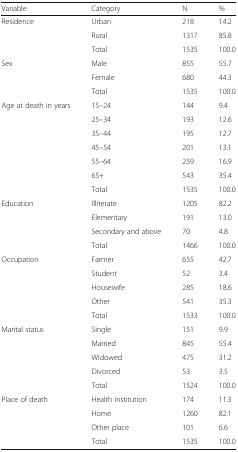
<table><thead><tr><td><b>Variable</b></td><td><b>Category</b></td><td><b>N</b></td><td><b>%</b></td></tr></thead><tbody><tr><td rowspan="3">Residence</td><td>Urban</td><td>218</td><td>14.2</td></tr><tr><td>Rural</td><td>1317</td><td>85.8</td></tr><tr><td>Total</td><td>1535</td><td>100.0</td></tr><tr><td rowspan="3">Sex</td><td>Male</td><td>855</td><td>55.7</td></tr><tr><td>Female</td><td>680</td><td>44.3</td></tr><tr><td>Total</td><td>1535</td><td>100.0</td></tr><tr><td rowspan="7">Age at death in years</td><td>15–24</td><td>144</td><td>9.4</td></tr><tr><td>25–34</td><td>193</td><td>12.6</td></tr><tr><td>35–44</td><td>195</td><td>12.7</td></tr><tr><td>45–54</td><td>201</td><td>13.1</td></tr><tr><td>55–64</td><td>259</td><td>16.9</td></tr><tr><td>65+</td><td>543</td><td>35.4</td></tr><tr><td>Total</td><td>1535</td><td>100.0</td></tr><tr><td rowspan="4">Education</td><td>Illiterate</td><td>1205</td><td>82.2</td></tr><tr><td>Elementary</td><td>191</td><td>13.0</td></tr><tr><td>Secondary and above</td><td>70</td><td>4.8</td></tr><tr><td>Total</td><td>1466</td><td>100.0</td></tr><tr><td rowspan="5">Occupation</td><td>Farmer</td><td>655</td><td>42.7</td></tr><tr><td>Student</td><td>52</td><td>3.4</td></tr><tr><td>Housewife</td><td>285</td><td>18.6</td></tr><tr><td>Other</td><td>541</td><td>35.3</td></tr><tr><td>Total</td><td>1533</td><td>100.0</td></tr><tr><td rowspan="5">Marital status</td><td>Single</td><td>151</td><td>9.9</td></tr><tr><td>Married</td><td>845</td><td>55.4</td></tr><tr><td>Widowed</td><td>475</td><td>31.2</td></tr><tr><td>Divorced</td><td>53</td><td>3.5</td></tr><tr><td>Total</td><td>1524</td><td>100.0</td></tr><tr><td rowspan="4">Place of death</td><td>Health institution</td><td>174</td><td>11.3</td></tr><tr><td>Home</td><td>1260</td><td>82.1</td></tr><tr><td>Other place</td><td>101</td><td>6.6</td></tr><tr><td>Total</td><td>1535</td><td>100.0</td></tr></tbody></table>